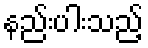
နည်းပါးသည့်